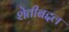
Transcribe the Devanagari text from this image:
शेतीबद्दल